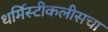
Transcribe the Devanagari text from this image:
थर्मिस्टीकलीसचा